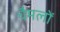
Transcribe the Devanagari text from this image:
चैमलों